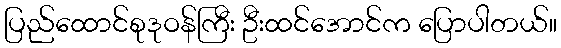
ပြည်ထောင်စုဒုဝန်ကြီး ဦးထင်အောင်က ပြောပါတယ်။